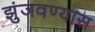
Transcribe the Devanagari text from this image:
झुंजवण्यास